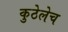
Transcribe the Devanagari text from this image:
कुठेलेच